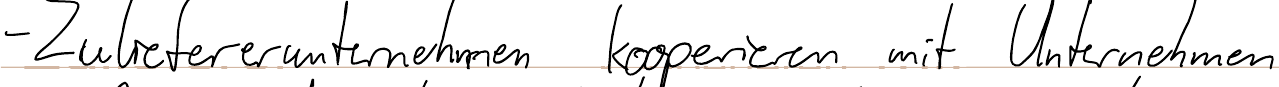
- Zuliefererunternehmen kooperieren mit Unternehmen